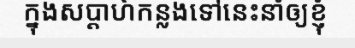
ក្នុងសប្តាហ៍កន្លងទៅនេះនាំឲ្យខ្ញុំ